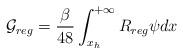
LaTeX: \begin{align*}{\cal G}_{reg}={\beta \over 48} \int_{x_h}^{+\infty}R_{reg} \psi dx\end{align*}